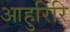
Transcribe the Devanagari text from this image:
आहुरिरि